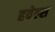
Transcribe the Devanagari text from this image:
हवेल्स